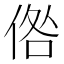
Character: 倃